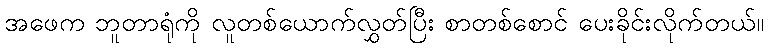
အဖေက ဘူတာရုံကို လူတစ်ယောက်လွှတ်ပြီး စာတစ်စောင် ပေးခိုင်းလိုက်တယ်။